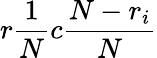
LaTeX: r\frac{1}{N}c\frac{N-r_{i}}{N}